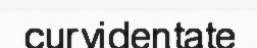
curvidentate